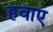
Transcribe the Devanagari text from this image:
हवाए